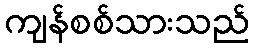
ကျန်စစ်သားသည်